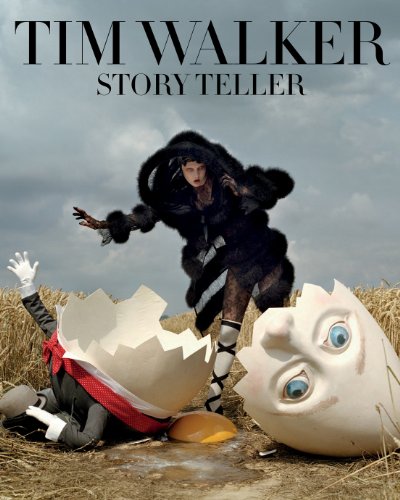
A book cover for Tim Walker: Story Teller; Robin Muir; Humor & Entertainment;